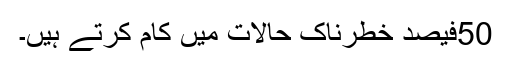
50فیصد خطرناک حالات میں کام کرتے ہیں۔